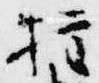
権